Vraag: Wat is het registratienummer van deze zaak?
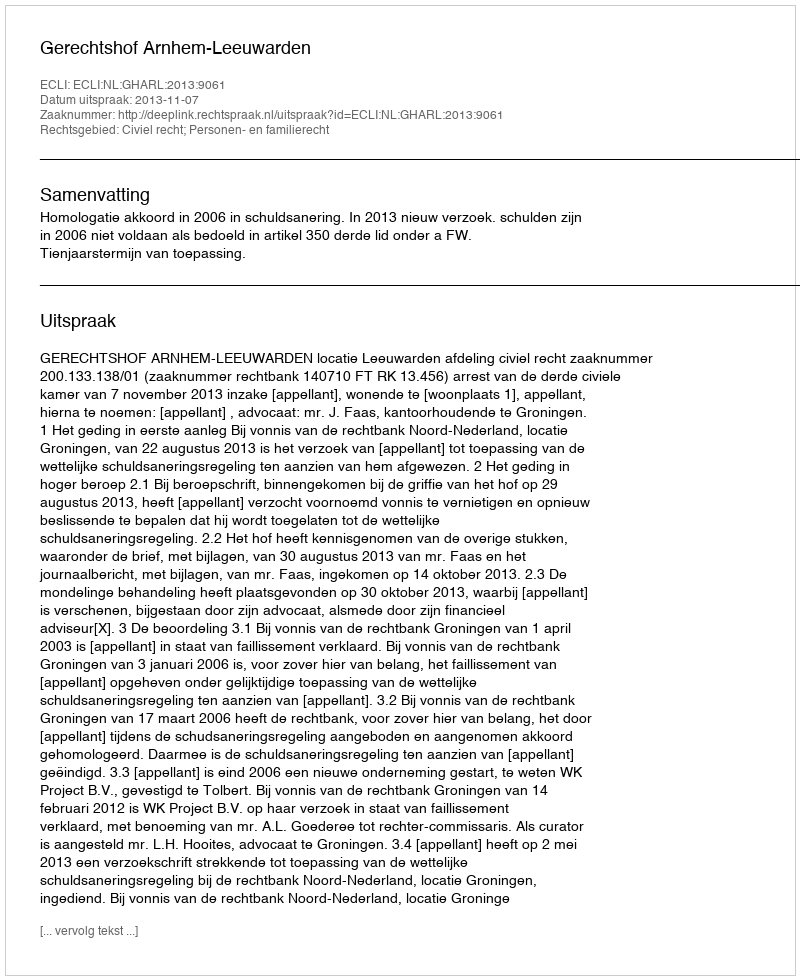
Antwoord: http://deeplink.rechtspraak.nl/uitspraak?id=ECLI:NL:GHARL:2013:9061